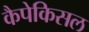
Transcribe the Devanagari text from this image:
कैपेकिसल